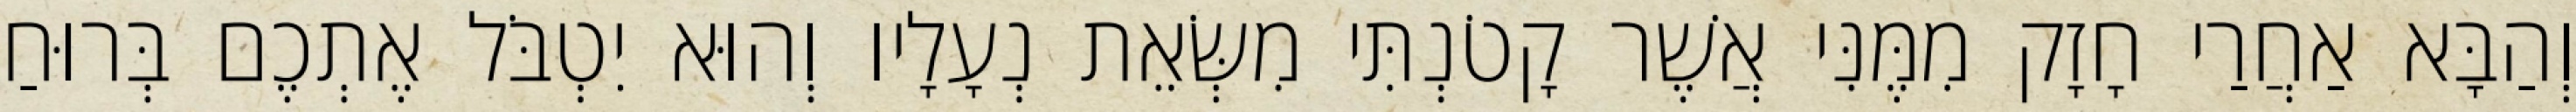
וְהַבָּא אַחֲרַי חָזָק מִמֶּנִּי אֲשֶׁר קָטֹנְתִּי מִשְּׂאֵת נְעָלָיו וְהוּא יִטְבֹּל אֶתְכֶם בְּרוּחַ